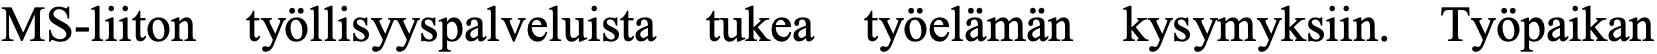
MS-liiton työllisyyspalveluista tukea työelämän kysymyksiin. Työpaikan